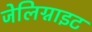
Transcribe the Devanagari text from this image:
जेलिग्नाइट